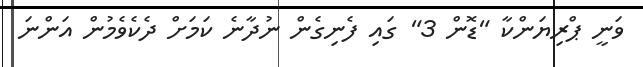
ވަނީ ޕްރިޔަންކާ "ޑޮން 3" ގައި ފެނިގެން ނުދާނެ ކަމަށް ދެކެވެމުން އަންނަ